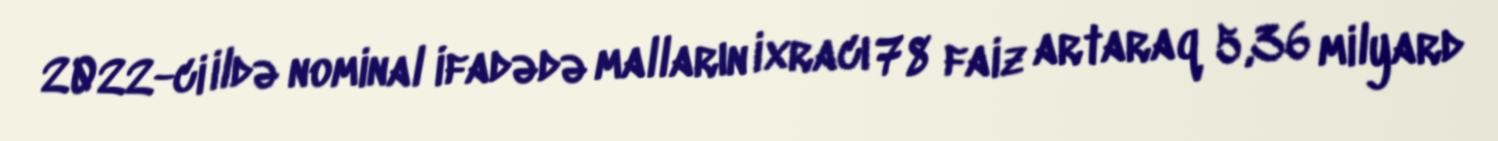
2022-ci ildə nominal ifadədə malların ixracı 78 faiz artaraq 5,36 milyard